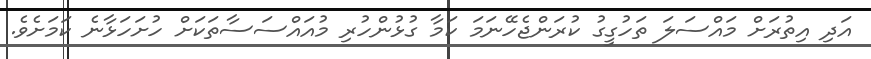
އަދި އިތުރަށް މައްސަލަ ތަހުގީގު ކުރަންޖެހޭނަމަ ކަމާ ގުޅުންހުރި މުއައްސަސާތަކަށް ހުށަހަޅާނެ ކަމަށެވެ.